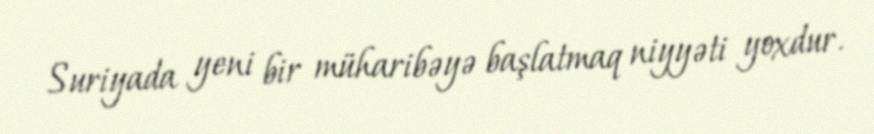
Suriyada yeni bir müharibəyə başlatmaq niyyəti yoxdur.